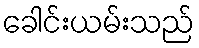
ခေါင်းယမ်းသည်